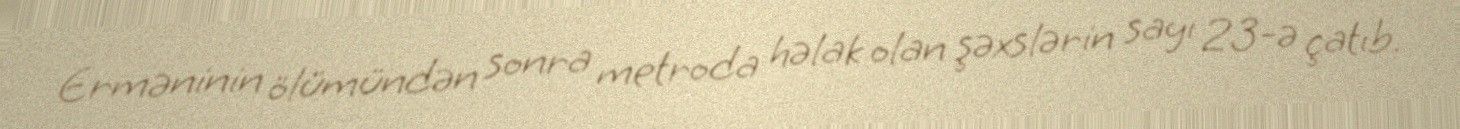
Erməninin ölümündən sonra metroda həlak olan şəxslərin sayı 23-ə çatıb.